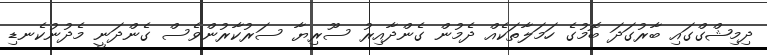
ދިމިޝްގްގައި ބާރުގަދަ ބޮމުގެ ހަމަލާތަކެއް ދެމުން ގެންދާއިރު ސޫރިޔާ ސަރުކާރުންވެސް ގެންދަނީ މެދުނުކެނޑި